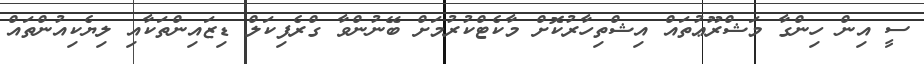
ސީ އިން ހިންގާ މަޝްރޫޢުތައް އިޝްތިހާރުކޮށް މާކެޓްކުރުމަށް ބޭނުންވާ ގްރެފިކަލް ޑިޒައިންތަކާއި ލިޔެކިއުންތައް